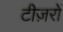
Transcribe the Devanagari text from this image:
टीज़रों